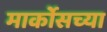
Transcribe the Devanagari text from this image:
मार्कोसच्या